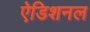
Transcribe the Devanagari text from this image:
ऐडिशनल